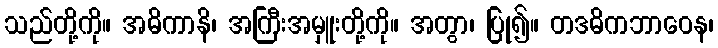
သည်တို့ကို။ အဓိကာနိ၊ အကြီးအမှူးတို့ကို။ အတွာ၊ ပြု၍။ တဒဓိကဘာဝေန၊